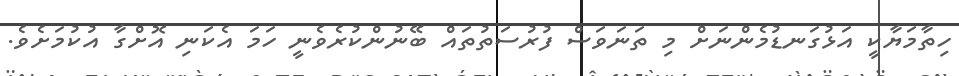
ހިތާމަޔާކީ އަޅުގަނޑުމެންނަށް މި ތަނަވަސް ފުރުސަތުތައް ބޭނުންކުރެވެނީ ހަމަ އެކަނި އޮށްގާ އުކުމަށެވެ.